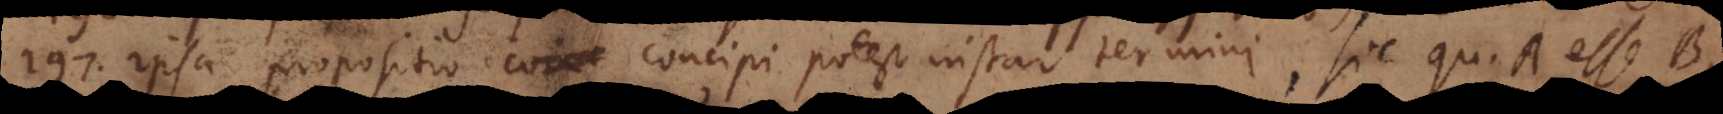
197) Ipsa propositio concipi potest instar termini, sic quoddam A esse B,